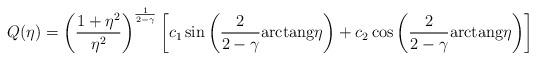
LaTeX: \begin{align*}Q(\eta)=\left({{1+\eta^2}\over{\eta^2}}\right)^{1\over{2-\gamma}}\left[c_1\sin\left({2\over{2-\gamma}}{\rm{arctang}}\eta\right)+c_2\cos\left({2\over{2-\gamma}}{\rm{arctang}}\eta\right)\right]\end{align*}